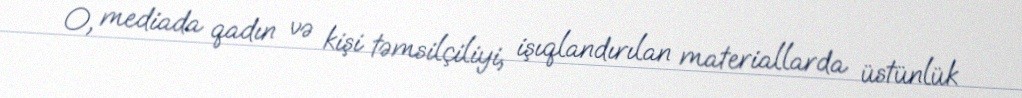
O, mediada qadın və kişi təmsilçiliyi, işıqlandırılan materiallarda üstünlük